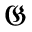
\mathfrak { G }